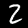
Label: 2